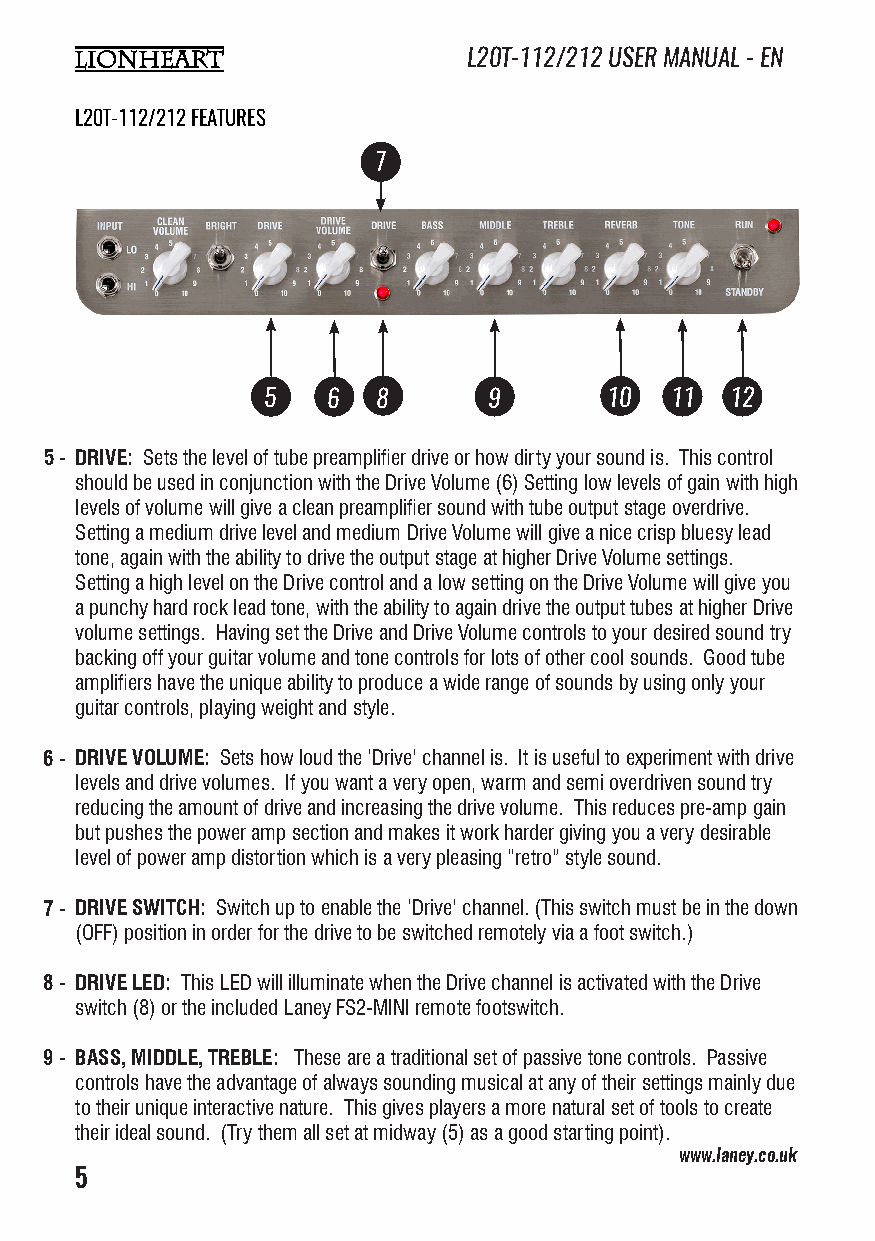
L20T-112/212 USER MANUAL - EN
 L20T-112/212 FEATURES
 7
 5    6  8      9       10  11  12
 5 - DRIVE: Sets the level of tube preamplifier drive or how dirty your sound is. This control
 should be used in conjunction with the Drive Volume (6) Setting low levels of gain with high
 levels of volume will give a clean preamplifier sound with tube output stage overdrive.
 Setting a medium drive level and medium Drive Volume will give a nice crisp bluesy lead
 tone, again with the ability to drive the output stage at higher Drive Volume settings.
 Setting a high level on the Drive control and a low setting on the Drive Volume will give you
 a punchy hard rock lead tone, with the ability to again drive the output tubes at higher Drive
 volume settings. Having set the Drive and Drive Volume controls to your desired sound try
 backing off your guitar volume and tone controls for lots of other cool sounds. Good tube
 amplifiers have the unique ability to produce a wide range of sounds by using only your
 guitar controls, playing weight and style.
 6 - DRIVE VOLUME: Sets how loud the ‘Drive’ channel is. It is useful to experiment with drive
 levels and drive volumes. If you want a very open, warm and semi overdriven sound try
 reducing the amount of drive and increasing the drive volume. This reduces pre-amp gain
 but pushes the power amp section and makes it work harder giving you a very desirable
 level of power amp distortion which is a very pleasing “retro” style sound.
 7 - DRIVE SWITCH: Switch up to enable the ‘Drive’ channel. (This switch must be in the down
 (OFF) position in order for the drive to be switched remotely via a foot switch.)
 8 - DRIVE LED: This LED will illuminate when the Drive channel is activated with the Drive
 switch (8) or the included Laney FS2-MINI remote footswitch.
 9 - BASS, MIDDLE, TREBLE: These are a traditional set of passive tone controls. Passive
 controls have the advantage of always sounding musical at any of their settings mainly due
 to their unique interactive nature. This gives players a more natural set of tools to create
 their ideal sound. (Try them all set at midway (5) as a good starting point).
 www.laney.co.uk                              www.laney.co.uk
 5